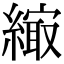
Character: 𦄎